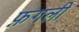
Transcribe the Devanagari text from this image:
फ़गली